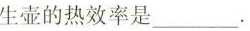
生壶的热效率是___。